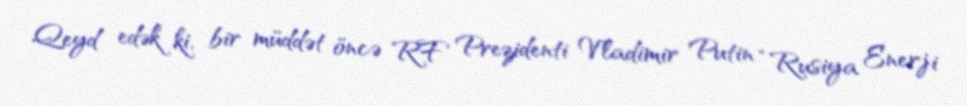
Qeyd edək ki, bir müddət öncə RF Prezidenti Vladimir Putin “Rusiya Enerji